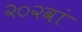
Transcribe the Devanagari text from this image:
२०२वां